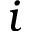
i